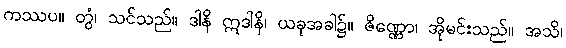
ကဿပ။ တွံ၊ သင်သည်။ ဒါနိ ဣဒါနိ၊ ယခုအခါ၌။ ဇိဏ္ဏော၊ အိုမင်းသည်။ အသိ၊